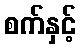
စက်နှင့်